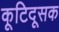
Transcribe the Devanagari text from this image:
कूटिदूसक